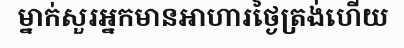
ម្នាក់សួរអ្នកមានអាហារថ្ងៃត្រង់ហើយ